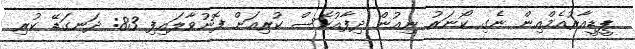
ޕީޑީއާރުއެމްއިން ނެގި ކޯނަރު ނިއުން ދިފާއުކޮސް ކުރިއަށް ފޮނުވާލައިފި 83: ދަނގަޑޭ ކުރި